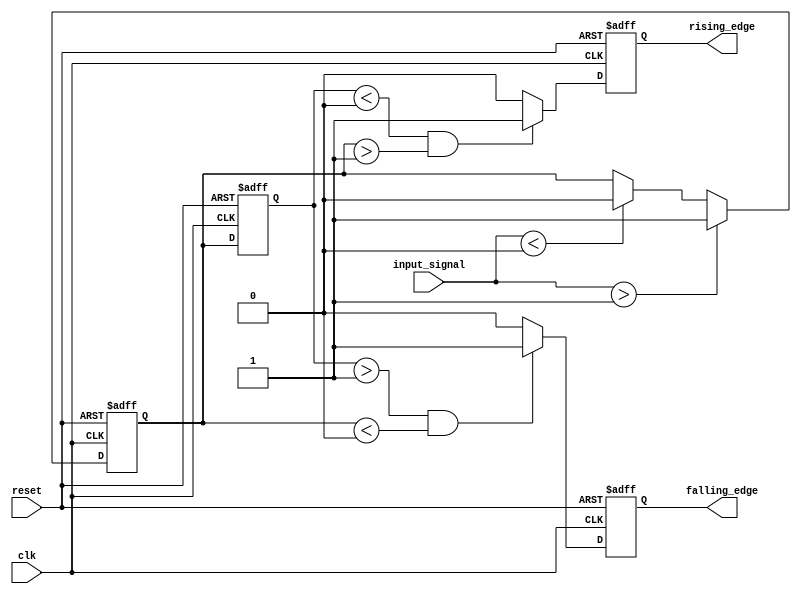
module schmitt_trigger_edge_detector (
    input wire clk,                // Clock signal
    input wire reset,              // Asynchronous reset
    input wire input_signal,       // Noisy input signal
    output reg rising_edge,        // Output signal for rising edge detection
    output reg falling_edge        // Output signal for falling edge detection
);

    // Parameters for hysteresis thresholds
    parameter VTH_PLUS = 1'b1;     // Upper threshold (logic high)
    parameter VTH_MINUS = 1'b0;    // Lower threshold (logic low)

    // Internal signals
    reg input_signal_d;            // Delayed version of input_signal
    reg schmitt_trigger_out;        // Output of the Schmitt Trigger

    // Schmitt Trigger Logic
    always @(posedge clk or posedge reset) begin
        if (reset) begin
            schmitt_trigger_out <= 1'b0; // Reset Schmitt Trigger output
        end else begin
            // Schmitt Trigger behavior
            if (input_signal > VTH_PLUS) begin
                schmitt_trigger_out <= 1'b1; // Output high if above upper threshold
            end else if (input_signal < VTH_MINUS) begin
                schmitt_trigger_out <= 1'b0; // Output low if below lower threshold
            end
        end
    end

    // Edge Detection Logic
    always @(posedge clk or posedge reset) begin
        if (reset) begin
            rising_edge <= 1'b0;         // Reset rising edge output
            falling_edge <= 1'b0;        // Reset falling edge output
            input_signal_d <= 1'b0;      // Reset delayed input signal
        end else begin
            // Capture the previous state of the Schmitt Trigger output
            input_signal_d <= schmitt_trigger_out;

            // Rising edge detection
            if (input_signal_d < VTH_MINUS && schmitt_trigger_out > VTH_PLUS) begin
                rising_edge <= 1'b1;      // Rising edge detected
            end else begin
                rising_edge <= 1'b0;      // No rising edge
            end

            // Falling edge detection
            if (input_signal_d > VTH_PLUS && schmitt_trigger_out < VTH_MINUS) begin
                falling_edge <= 1'b1;     // Falling edge detected
            end else begin
                falling_edge <= 1'b0;     // No falling edge
            end
        end
    end

endmodule